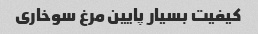
کیفیت بسیار پایین مرغ سوخاری